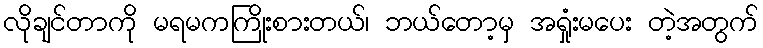
လိုချင်တာကို မရမကကြိုးစားတယ်၊ ဘယ်တော့မှ အရှုံးမပေး တဲ့အတွက်